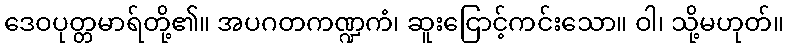
ဒေဝပုတ္တမာရ်တို့၏။ အပဂတကဏ္ဍကံ၊ ဆူးငြောင့်ကင်းသော။ ဝါ၊ သို့မဟုတ်။